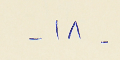
- ١٨ -